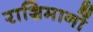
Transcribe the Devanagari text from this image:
राशिमानों